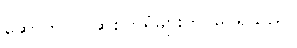
ဆောက်လုပ်ဆဲစက်ရုံများကို မြင်ရသည်။